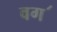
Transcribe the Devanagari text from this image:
वग॔